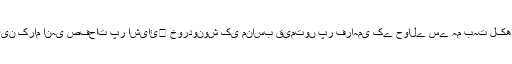
قارئین کرام انہی صفحات پر اشیائ￿ خوردونوش کی مناسب قیمتوں پر فراہمی کے حوالے سے ہم بہت لکھا ہے۔